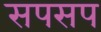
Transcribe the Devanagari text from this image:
सपसप